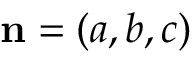
\mathbf { n } = ( a , b , c )